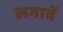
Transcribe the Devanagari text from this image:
लगावें